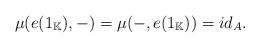
LaTeX: \begin{align*}\mu(e(1_{\mathbb{K}}),-)=\mu(-,e(1_{\mathbb{K}}))=id_A.\end{align*}